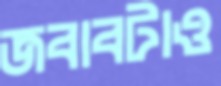
জবাবটাও